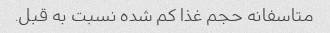
متاسفانه حجم غذا کم شده نسبت به قبل.